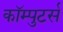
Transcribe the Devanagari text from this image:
कॉम्पुटर्स